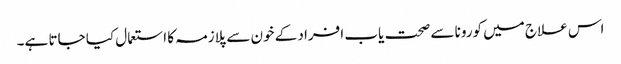
اس علاج میں کورونا سے صحت یاب افراد کے خون سے پلازمہ کا استعمال کیا جاتا ہے۔